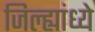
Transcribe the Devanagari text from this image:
जिल्ह्यांध्ये